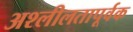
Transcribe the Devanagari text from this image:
अश्लीलतापूर्वक